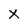
Character: x